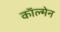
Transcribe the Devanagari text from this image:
काॅल्मेन